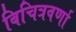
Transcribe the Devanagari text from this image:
बिचित्रवर्णा